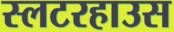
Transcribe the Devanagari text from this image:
स्लटरहाउस